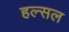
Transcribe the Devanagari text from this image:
हल्सल